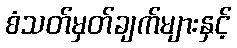
စံသတ်မှတ်ချက်များနှင့်